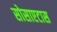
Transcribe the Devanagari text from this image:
सोसाएटास